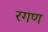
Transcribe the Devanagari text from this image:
रगण